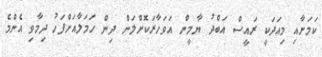
ކަމަށާއި މިއަދަކީ ރައީސް އަބްދު ޔާމީން އަވަހާރަކޮށްލަން ދިން ހަމަލާއަށްފަހު ދިމާވި އެންމެ